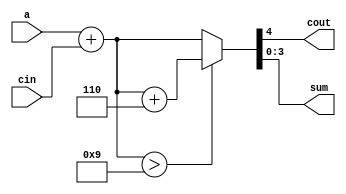
module BCDcounter(a, cin, cout, sum);

input[3:0]	a;
input		cin;

output[3:0]	sum;
output		cout;

wire[4:0]	tmp;

assign		tmp = a+cin;

assign		{cout, sum} = tmp>9 ? tmp+6 : tmp;

endmodule